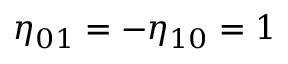
\eta _ { 0 1 } = - \eta _ { 1 0 } = 1